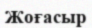
Жоғасыр